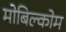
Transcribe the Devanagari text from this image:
मोबिल्कोम